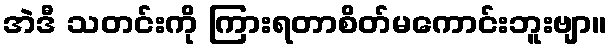
အဲဒီ သတင်းကို ကြားရတာစိတ်မကောင်းဘူးဗျာ။